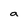
Character: a